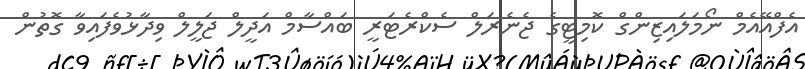
އެފްއޭއެމް ނޯމަލައިޒިންގް ކޮމިޓީގެ ޖެނެރަލް ސެކްރެޓަރީ ބައްސާމް އަދީލް ޖަލީލް ވިދާޅުވެފައިވާ ގޮތުން